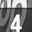
Digit: 4